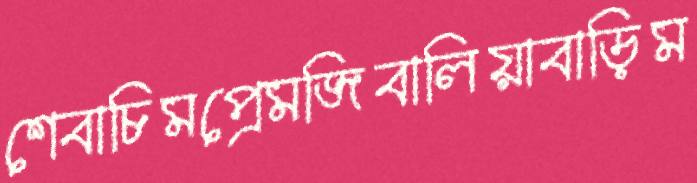
শেবাচিমপ্রেমজিবালিয়াবাড়িম